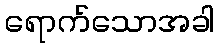
ရောက်သောအခါ